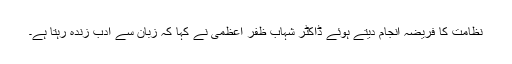
نظامت کا فریضہ انجام دیتے ہوئے ڈاکٹر شہاب ظفر اعظمی نے کہا کہ زبان سے ادب زندہ رہتا ہے۔